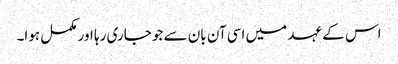
اس کے عہد میں اسی آن بان سے جو جاری رہا اور مکمل ہوا۔